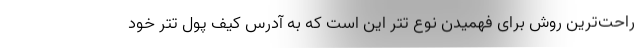
راحت‌ترین روش برای فهمیدن نوع تتر این است که به آدرس کیف پول تتر خود